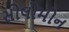
સોલોમોન